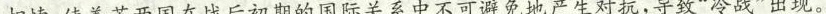
相悖，使美苏两国在战后初期的国际关系中不可避免地产生对抗，导致”冷战”出现。